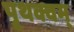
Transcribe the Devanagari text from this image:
पृथक्वम्